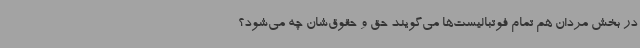
در بخش مردان هم تمام فوتبالیست‌ها می‌گویند حق و حقوق‌شان چه می‌شود؟